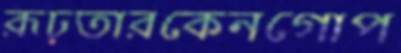
রূঢ়তারকেনগোপ